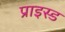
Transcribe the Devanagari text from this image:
प्राइस्ड